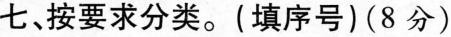
七、按要求分类。(填序号)(8分)